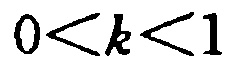
\(0<k<1\)